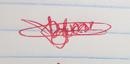
Signature authenticity: genuine